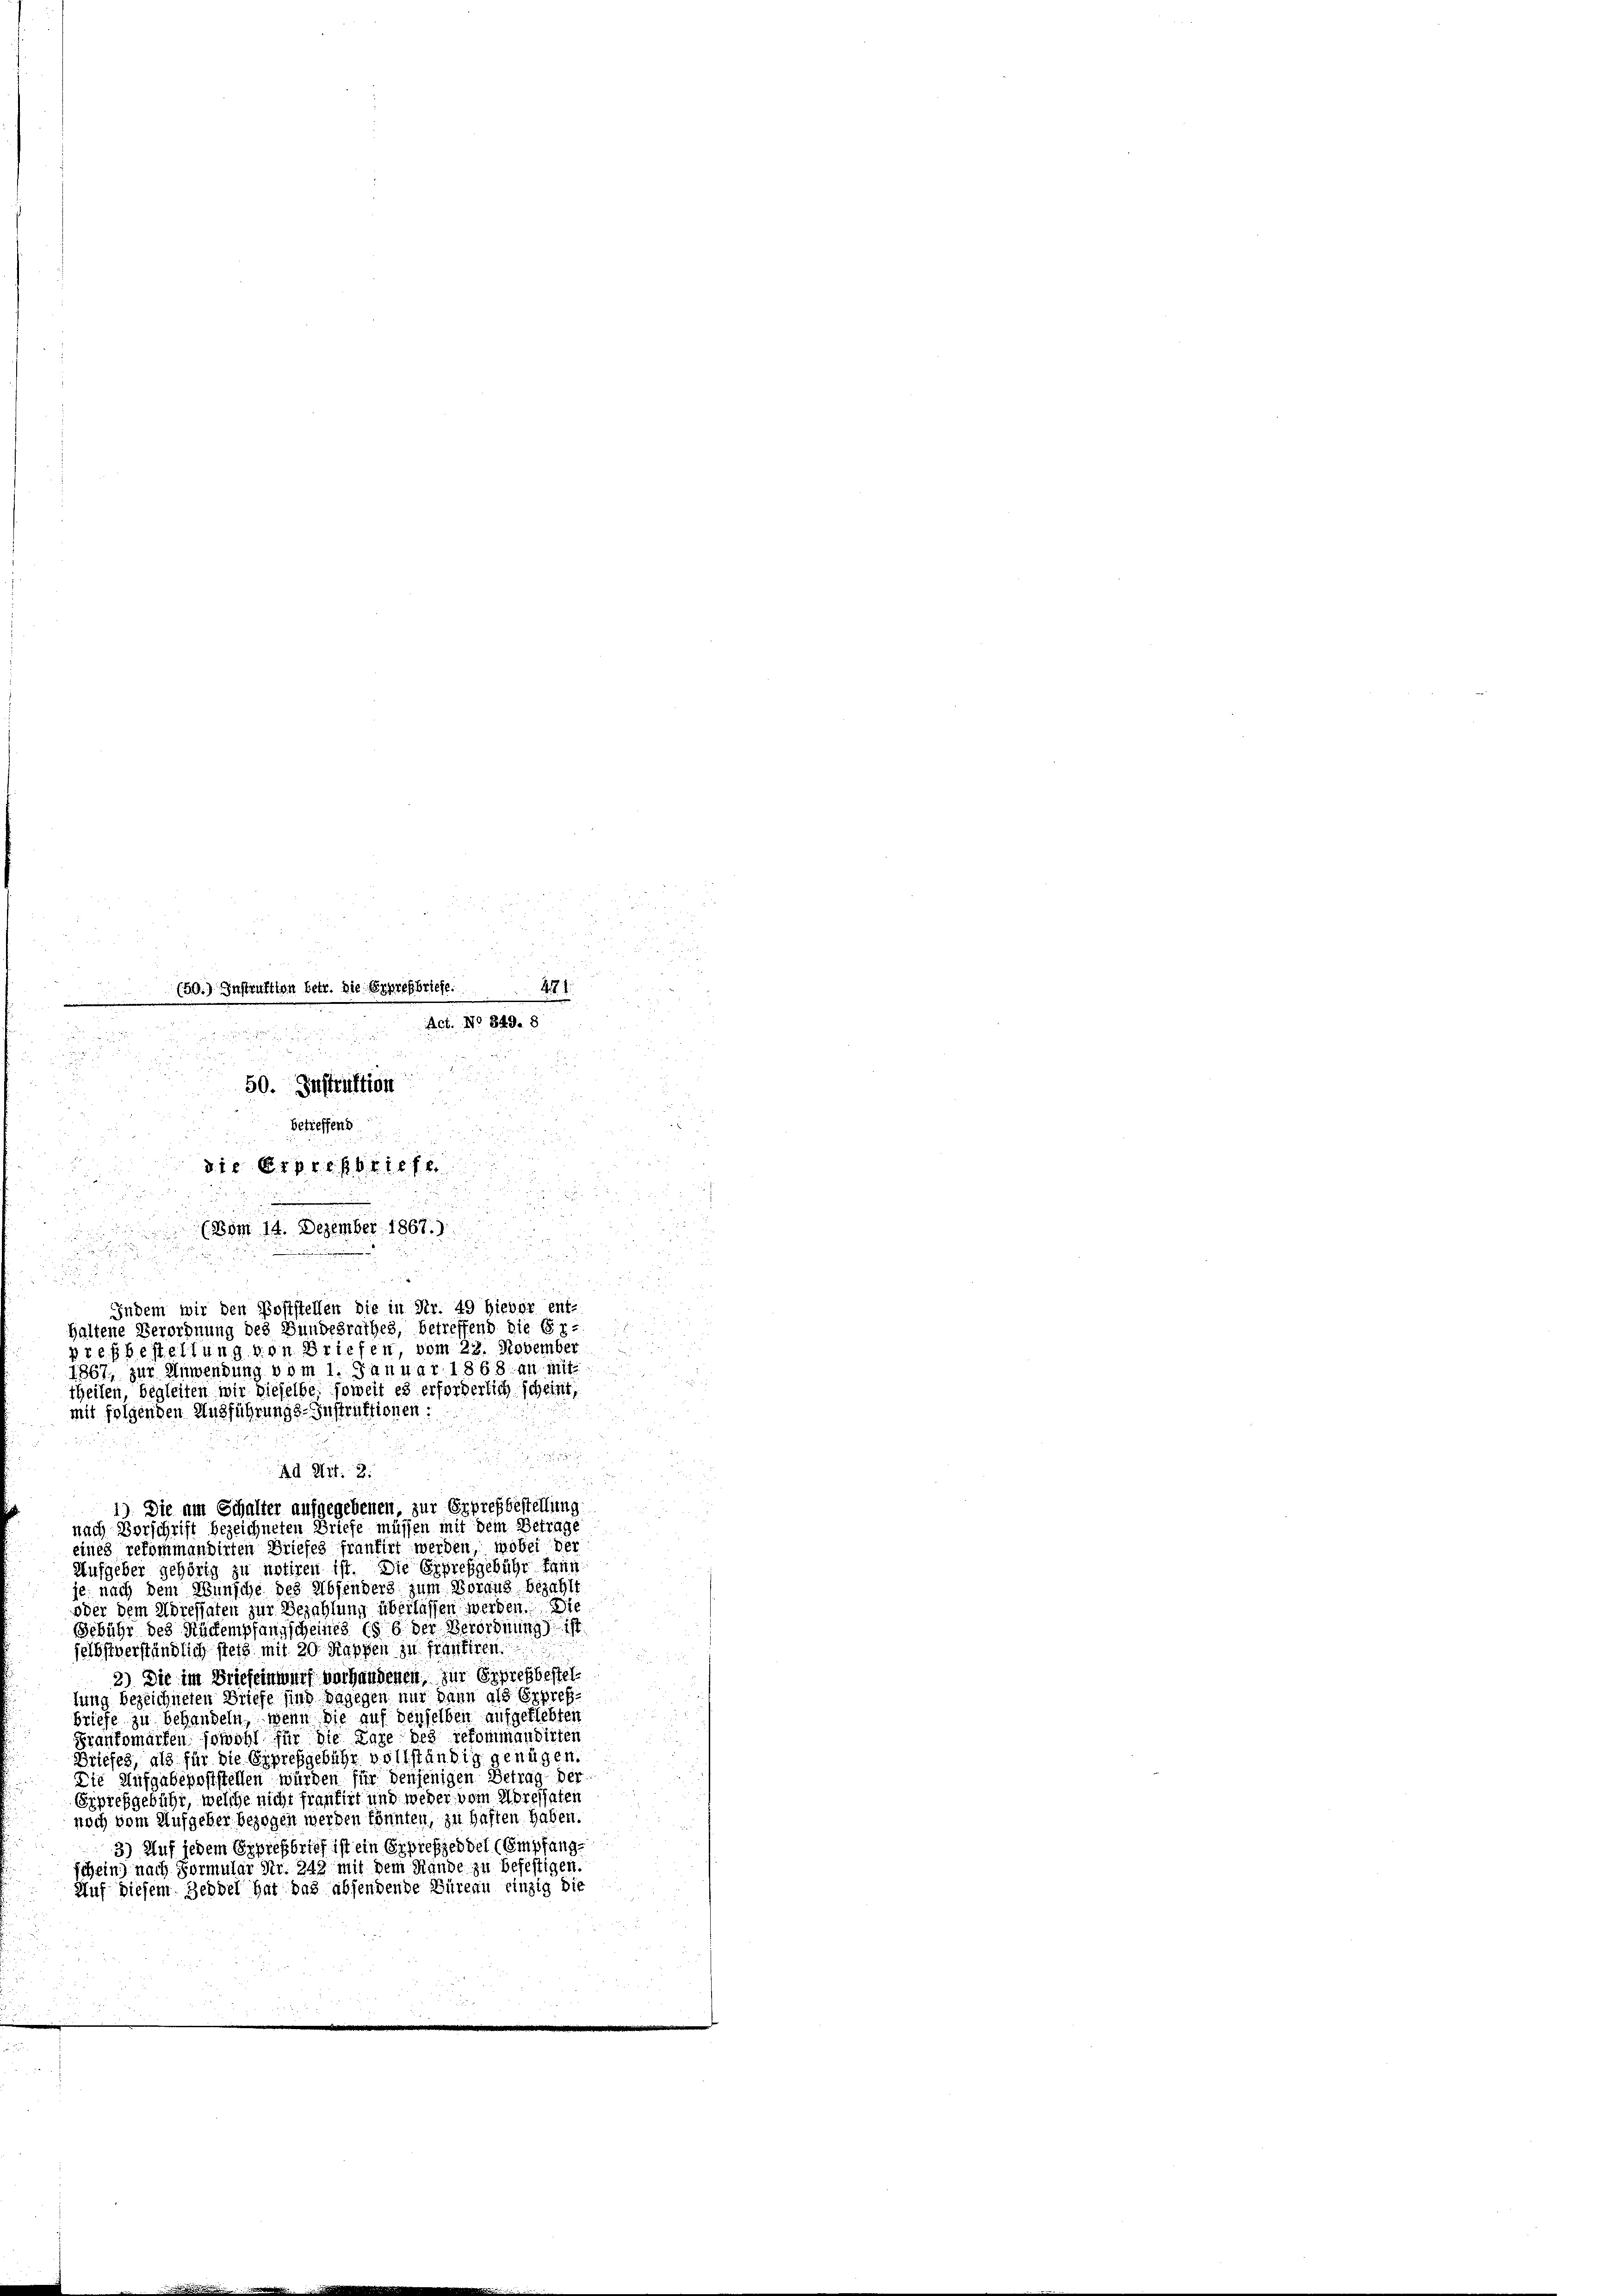
a
471.
30. Instruktion betr. die Erpretbriefe
Act. No 849. 8

5
.
i

50. Instruktion

d
d
betreffend
s
die Erpregbriefe
. . .
e

u
Ad Art. 2.

1867, zur Anwendung vom 1. Januar 1868. an mit
theilen, begleiten wir dieselbe, soweit es erforderlich scheint,
mit folgenden Ausführungs-Instruktionen-

(Bom 14. Dezember 1867.)
Indem wir den Poststellen die in Nr. 49 hievor ent-
haltene Verordnung des Bundesrathes, betreffend die Er-
presbestellung von Briefen, vom 28. November

1

u

1) Die am Schalter aufgegebenen, zur Erpresbestellung
nach Vorschrift bezeichneten Briefe müssen mit dem Betrage
eines rekommandirten Briefes frantirt werden, wobei der
Aufgeber gehörig zu notiren ist. Die Erprefgebühr kann
je nach dem Wunsche des Absenders zum Vorang bezahlt
oder dem Adressaten zur Bezahlung überlassen werden. Die
Gebühr des Rückempfangscheines (§ 6 der Verordnung) ist
selbstverständlich stets mit 20 Kappen zu frantiren.
2) Die im Briefeinwurf vorhandenen, zur Erpresbestellung bezeichneten Briefe sind dagegen nur dann als Erpreßbriefe zu behandeln, wenn die auf denselben aufgeflebten
Frankomärfen, sowohl für die Lage des rekommandirten
Briefes, als für die Expresgebühr vollständig genügen.
Die Aufgabepoststellen würden für denjenigen Betrag der
Erpresgebühr, welche nicht frantirt und weder vom Adressaten
noch vom Aufgeber bezogen werden könnten, zu haften haben.
3) Auf jedem Expressbrief ist ein Erpiefzeddel (Empfangschein) nach Formular Nr. 242 mit dem Hande zu befestigen.
Auf diesem Hebbel hat das absendende Büreau einzig die